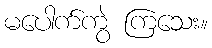
မပေါက်ကွဲ ကြသေး။